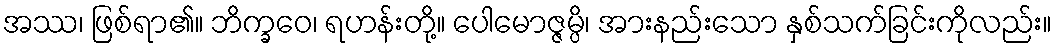
အဿ၊ ဖြစ်ရာ၏။ ဘိက္ခဝေ၊ ရဟန်းတို့။ ပေါမောဇ္ဇမ္ပိ၊ အားနည်းသော နှစ်သက်ခြင်းကိုလည်း။